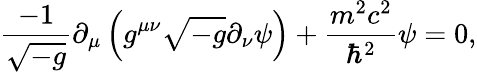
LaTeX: {\frac{-1}{\sqrt{-g}}}\partial_{\mu}\left(g^{\mu\nu}{\sqrt{-g}}\partial_{\nu}\psi\right)+{\frac{m^{2}c^{2}}{\hbar^{2}}}\psi=0,